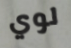
لوي